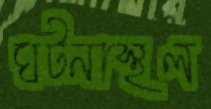
ঘটনাস্থল